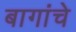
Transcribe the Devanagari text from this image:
बागांचे